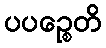
ပပဉ္စေတိ